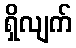
ရှိလျက်